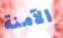
الآمنة